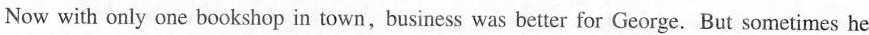
Now with only one bookshop in town, business was better for George. But sometimes he